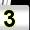
Digit: 3